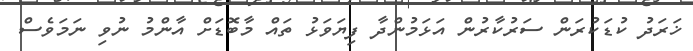
ޚަރަދު ކުޑަކުރަން ސަރުކާރުން އަޅަމުންދާ ފިޔަވަޅު ތައް މާބޮޑަށް އާންމު ނުވި ނަމަވެސް